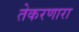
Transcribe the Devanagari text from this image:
तेकरणारा